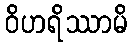
ဝိဟရိဿာမိ